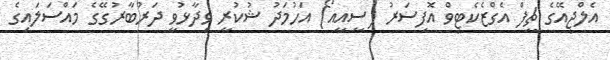
އެލްޖީއޭގެ ޗީފް އެގްޒެކެޓިވް އޮފިސަރު (ސީއީއޯ) އަހުމަދު ޝުކުރީ ވިދާޅުވީ ދަރުބާރުގޭގެ މައްސަލައިގެ